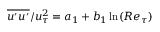
\overline { { u ^ { \prime } u ^ { \prime } } } / u _ { \tau } ^ { 2 } = a _ { 1 } + b _ { 1 } \ln ( R e _ { \tau } )